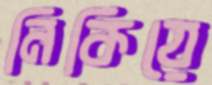
নিকিয়ে